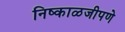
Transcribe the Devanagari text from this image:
निष्काळजीपणे